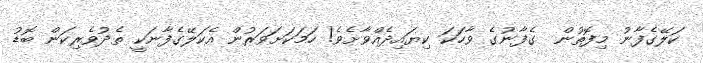
ކަލޭގެފާނު މިފޮތުން  ގެފާނުގެ ވާހަކަ ކިޔައިދެއްވާށެވެ! ހަމަކަށަވަރުން އެކަލޭގެފާނަކީ ތެދުވެރިކަން ބޮޑު